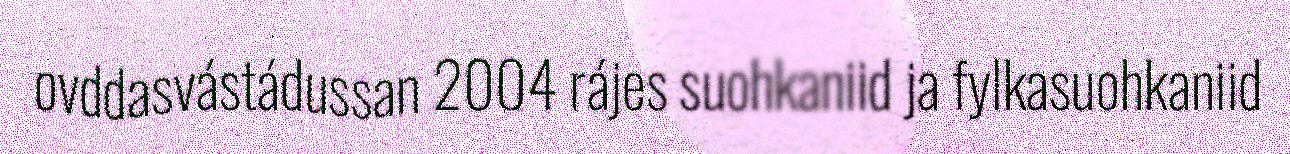
ovddasvástádussan 2004 rájes suohkaniid ja fylkasuohkaniid